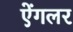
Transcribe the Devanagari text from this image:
ऐंगलर